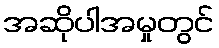
အဆိုပါအမှုတွင်